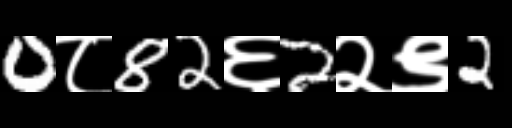
Text: 0८82६2२९2